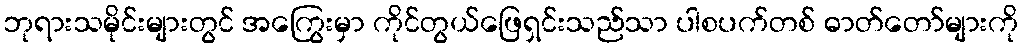
ဘုရားသမိုင်းများတွင် အကြွေးမှာ ကိုင်တွယ်ဖြေရှင်းသည်သာ ပါစပက်တစ် ဓာတ်တော်များကို